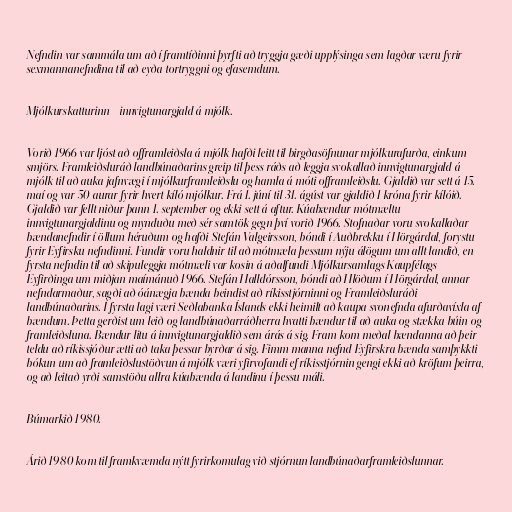
Nefndin var sammála um að í framtíðinni þyrfti að tryggja gæði upplýsinga sem lagðar væru fyrir
sexmannanefndina til að eyða tortryggni og efasemdum.

Mjólkurskatturinn - innvigtunargjald á mjólk.

Vorið 1966 var ljóst að offramleiðsla á mjólk hafði leitt til birgðasöfnunar mjólkurafurða, einkum
smjörs. Framleiðsluráð landbúnaðarins greip til þess ráðs að leggja svokallað innvigtunargjald á
mjólk til að auka jafnvægi í mjólkurframleiðslu og hamla á móti offramleiðslu. Gjaldið var sett á 15.
maí og var 50 aurar fyrir hvert kíló mjólkur. Frá 1. júní til 31. ágúst var gjaldið 1 króna fyrir kílóið.
Gjaldið var fellt niður þann 1. september og ekki sett á aftur. Kúabændur mótmæltu
innvigtunargjaldinu og mynduðu með sér samtök gegn því vorið 1966. Stofnaðar voru svokallaðar
bændanefndir í öllum héruðum og hafði Stefán Valgeirsson, bóndi í Auðbrekku í Hörgárdal, forystu
fyrir Eyfirsku nefndinni. Fundir voru haldnir til að mótmæla þessum nýju álögum um allt landið, en
fyrsta nefndin til að skipuleggja mótmæli var kosin á aðalfundi Mjólkursamlags Kaupfélags
Eyfirðinga um miðjan maímánuð 1966. Stefán Halldórsson, bóndi að Hlöðum í Hörgárdal, annar
nefndarmaður, sagði að óánægja bænda beindist að ríkisstjórninni og Framleiðsluráði
landbúnaðarins. Í fyrsta lagi væri Seðlabanka Íslands ekki heimilt að kaupa svonefnda afurðavíxla af
bændum. Þetta gerðist um leið og landbúnaðarráðherra hvatti bændur til að auka og stækka búin og
framleiðsluna. Bændur litu á innvigtunargjaldið sem árás á sig. Fram kom meðal bændanna að þeir
teldu að ríkissjóður ætti að taka þessar byrðar á sig. Fimm manna nefnd Eyfirskra bænda samþykkti
bókun um að framleiðslustöðvun á mjólk væri yfirvofandi ef ríkisstjórnin gengi ekki að kröfum þeirra,
og að leitað yrði samstöðu allra kúabænda á landinu í þessu máli.

Búmarkið 1980.

Árið 1980 kom til framkvæmda nýtt fyrirkomulag við stjórnun landbúnaðarframleiðslunnar.